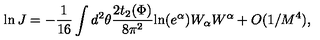
\ln J = - \frac { 1 } { 1 6 } \int d ^ { 2 } \theta \frac { 2 t _ { 2 } ( \Phi ) } { 8 \pi ^ { 2 } } \mathrm { l n } ( e ^ { \alpha } ) W _ { \alpha } W ^ { \alpha } + O ( 1 / M ^ { 4 } ) ,